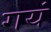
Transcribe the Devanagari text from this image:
गयं